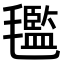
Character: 𣰦